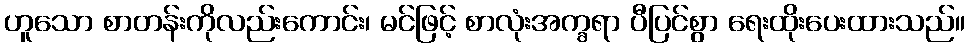
ဟူသော စာတန်းကိုလည်းကောင်း၊ မင်ဖြင့် စာလုံးအက္ခရာ ပီပြင်စွာ ရေးထိုးပေးထားသည်။